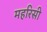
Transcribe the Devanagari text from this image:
महरिसी